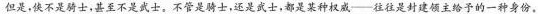
但是，侠不是骑士，甚至不是武士。不管是骑士，还是武士，都是某种权威—往往是封建领主给予的一种身份。